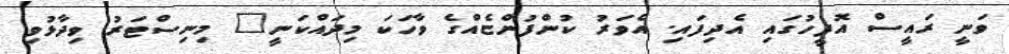
ވަނީ ރައީސް އޮފީހުގައި އެދިފައި. އެވަރު ކުންފުންޏެއްގެ ވާހަކަ މިދައްކަނީ" މިނިސްޓަރު ވިދާޅުވި